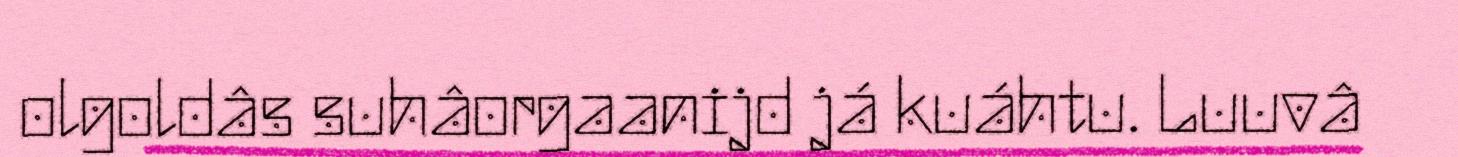
olgoldâs suhâorgaanijd já kuáhtu. Luuvâ